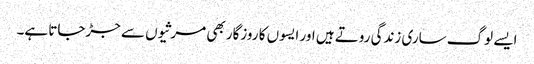
ایسے لوگ ساری زندگی روتے ہیں اور ایسوں کا روزگار بھی مرثیوں سے جڑجاتا ہے۔